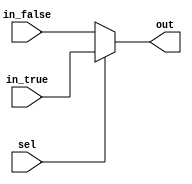
// SPDX-FileCopyrightText: SIMPLE-Crypto Contributors <info@simple-crypto.dev>
// SPDX-License-Identifier: CERN-OHL-P-2.0
// Copyright SIMPLE-Crypto Contributors.
// This source describes Open Hardware and is licensed under the CERN-OHL-P v2.
// You may redistribute and modify this source and make products using it under
// the terms of the CERN-OHL-P v2 (https://ohwr.org/cern_ohl_p_v2.txt).
// This source is distributed WITHOUT ANY EXPRESS OR IMPLIED WARRANTY, INCLUDING
// OF MERCHANTABILITY, SATISFACTORY QUALITY AND FITNESS FOR A PARTICULAR PURPOSE.
// Please see the CERN-OHL-P v2 for applicable conditions.

// Masked 2-input MUX (non-sensitive control signal).
`ifdef FULLVERIF
(* fv_prop = "_mux", fv_strat = "assumed", fv_order = d *)
`endif
`ifndef DEFAULTSHARES
`define DEFAULTSHARES 2
`endif
module MSKmux #(parameter d=`DEFAULTSHARES, parameter count=1) (sel, in_true, in_false, out);

(* fv_type = "control" *) input sel;
(* fv_type = "sharing", fv_latency = 0, fv_count=count *) input  [count*d-1:0] in_true;
(* fv_type = "sharing", fv_latency = 0, fv_count=count *) input  [count*d-1:0] in_false;
(* fv_type = "sharing", fv_latency = 0, fv_count=count *) output [count*d-1:0] out;

assign out = sel ? in_true : in_false;

endmodule